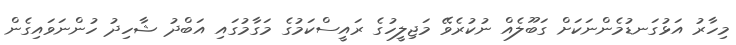
މިހާރު އަޅުގަނޑުމެންނަކަށް ގަބޫލެއް ނުކުރެވޭ މަޖިލީހުގެ ރައީސްކަމުގެ މަގާމުގައި އަބްދު ޝާހިދު ހުންނަވައިގެން